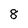
Character: 8